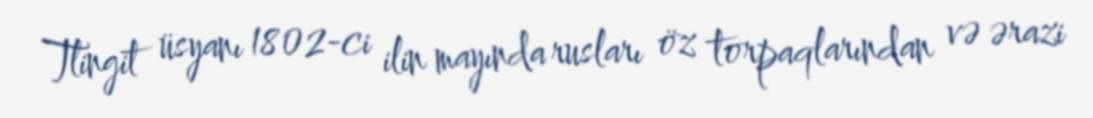
Tlingit üsyanı 1802-ci ilin mayında rusları öz torpaqlarından və ərazi